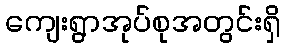
ကျေးရွာအုပ်စုအတွင်းရှိ